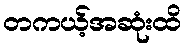
တကယ့်အဆုံးထိ